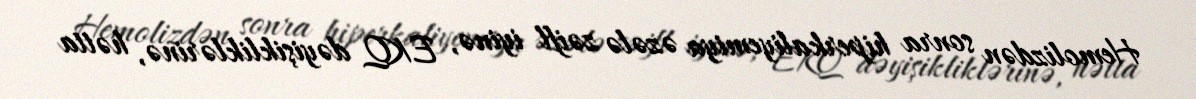
Hemolizdən sonra hiperkaliyemiya əzələ zəifl iyinə, EKQ dəyişikliklərinə, hətta